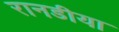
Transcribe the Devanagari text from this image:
रानडीया